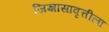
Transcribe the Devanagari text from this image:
जिज्ञासावृत्तीला